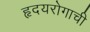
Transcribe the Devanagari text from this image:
हृदयरोगाची